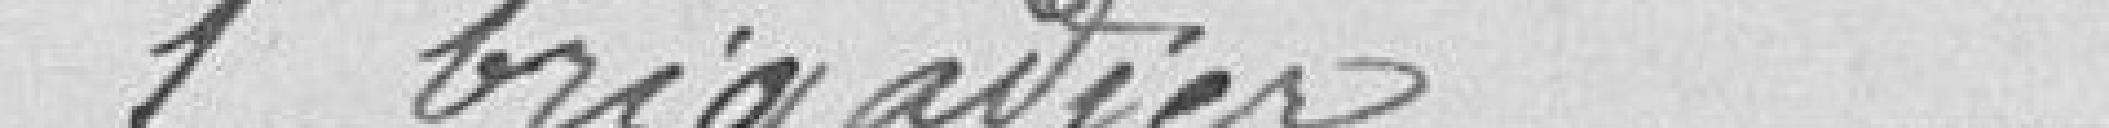
1 brigadier 1500